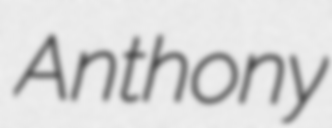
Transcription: Anthony